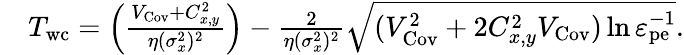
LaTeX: \begin{array}{rl}&{T_{\mathrm{wc}}=\left(\frac{V_{\mathrm{Cov}}+C_{x,y}^{2}}{\eta(\sigma_{x}^{2})^{2}}\right)-\frac{2}{\eta(\sigma_{x}^{2})^{2}}\sqrt{(V_{\mathrm{Cov}}^{2}+2C_{x,y}^{2}V_{\mathrm{Cov}})\ln\varepsilon_{\mathrm{pe}}^{-1}}.}\end{array}